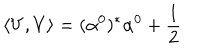
LaTeX: \left\langle V , V \right\rangle = ( \alpha ^ { 0 } ) ^ { * } \alpha ^ { 0 } + \frac { 1 } { 2 }